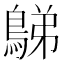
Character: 𪁩